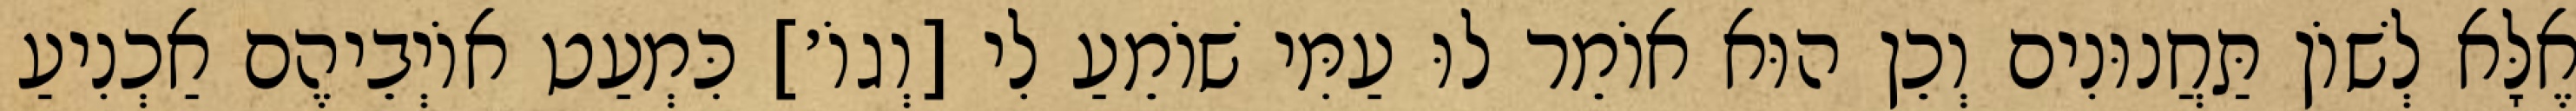
אֶלָּא לְשׁוֹן תַּחֲנוּנִים וְכֵן הוּא אוֹמֵר לוּ עַמִּי שׁוֹמֵעַ לִי [וְגוֹ׳] כִּמְעַט אוֹיְבֵיהֶם אַכְנִיעַ